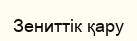
Зениттiк қару